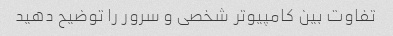
تفاوت بین کامپیوتر شخصی و سرور را توضیح دهید